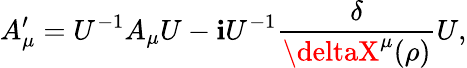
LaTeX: A_{\mu}^{\prime}=U^{-1}A_{\mu}U-\mathbf{i}U^{-1}\frac{{\delta}}{{\deltaX^{\mu}(\rho)}}U,